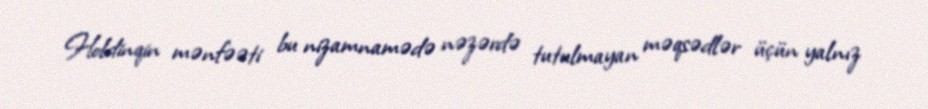
Holdinqin mənfəəti bu nizamnamədə nəzərdə tutulmayan məqsədlər üçün yalnız